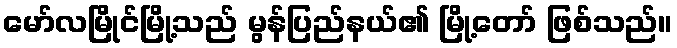
မော်လမြိုင်မြို့သည် မွန်ပြည်နယ်၏ မြို့တော် ဖြစ်သည်။